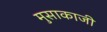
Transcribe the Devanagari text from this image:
मुसाकाजी